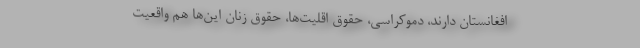
افغانستان دارند، دموکراسی، حقوق اقلیت‌ها، حقوق زنان این‌ها هم واقعیت